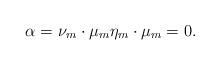
\begin{align*}\alpha= \nu_m \cdot \mu_m \eta_m \cdot \mu_m=0 . \end{align*}